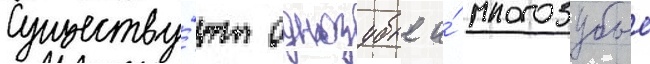
Существу́ют однозубые и́ многозубые